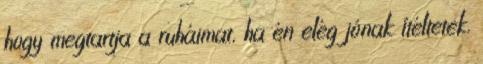
hogy megtartja a ruháimat, ha én elég jónak ítéltetek.